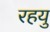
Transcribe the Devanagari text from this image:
रहयु